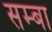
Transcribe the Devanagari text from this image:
सम्बा